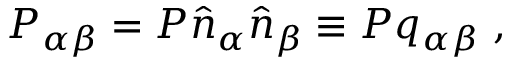
P _ { \alpha \beta } = P \hat { n } _ { \alpha } \hat { n } _ { \beta } \equiv P q _ { \alpha \beta } ~ ,